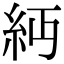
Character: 𥾝